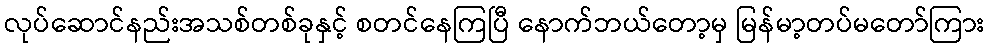
လုပ်ဆောင်နည်းအသစ်တစ်ခုနှင့် စတင်နေကြပြီ နောက်ဘယ်တော့မှ မြန်မာ့တပ်မတော်ကြား